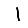
Digit: 1